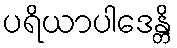
ပရိယာပါဒေန္တိ